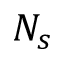
N _ { s }